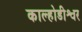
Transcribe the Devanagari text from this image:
काल्होडीश्वर